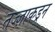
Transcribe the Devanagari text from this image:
तज्‍ज्ञाकडून